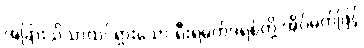
အခြားသိသာထင်ရှားသော ရီးရဲမက်ဒရစ်တို့ အိပ်မက်ဖြင့်